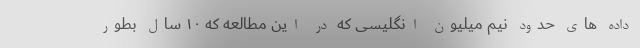
داده های حدود نیم میلیون انگلیسی که در این مطالعه که ۱۰ سال بطور